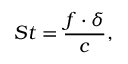
S t = \frac { f \cdot \delta } { c } ,